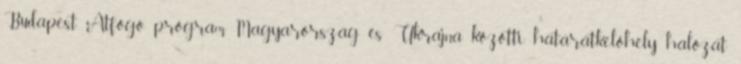
Budapest Átfogó program Magyarország és Ukrajna közötti határátkelőhely hálózat